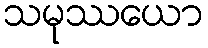
သမုဿယော